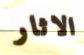
الاثار